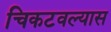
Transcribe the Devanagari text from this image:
चिकटवल्यास